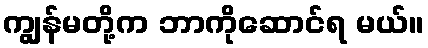
ကျွန်မတို့က ဘာကိုဆောင်ရ မယ်။